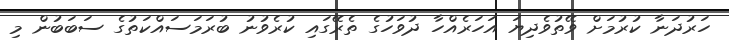
ހަރުދަނާ ކުރުމަށް ވޭތުވެދިޔަ އަހަރެއްހާ ދުވަހުގެ ތެރޭގައި ކުރެވުނު ބުރަމަސައްކަތުގެ ސަބަބުން މި